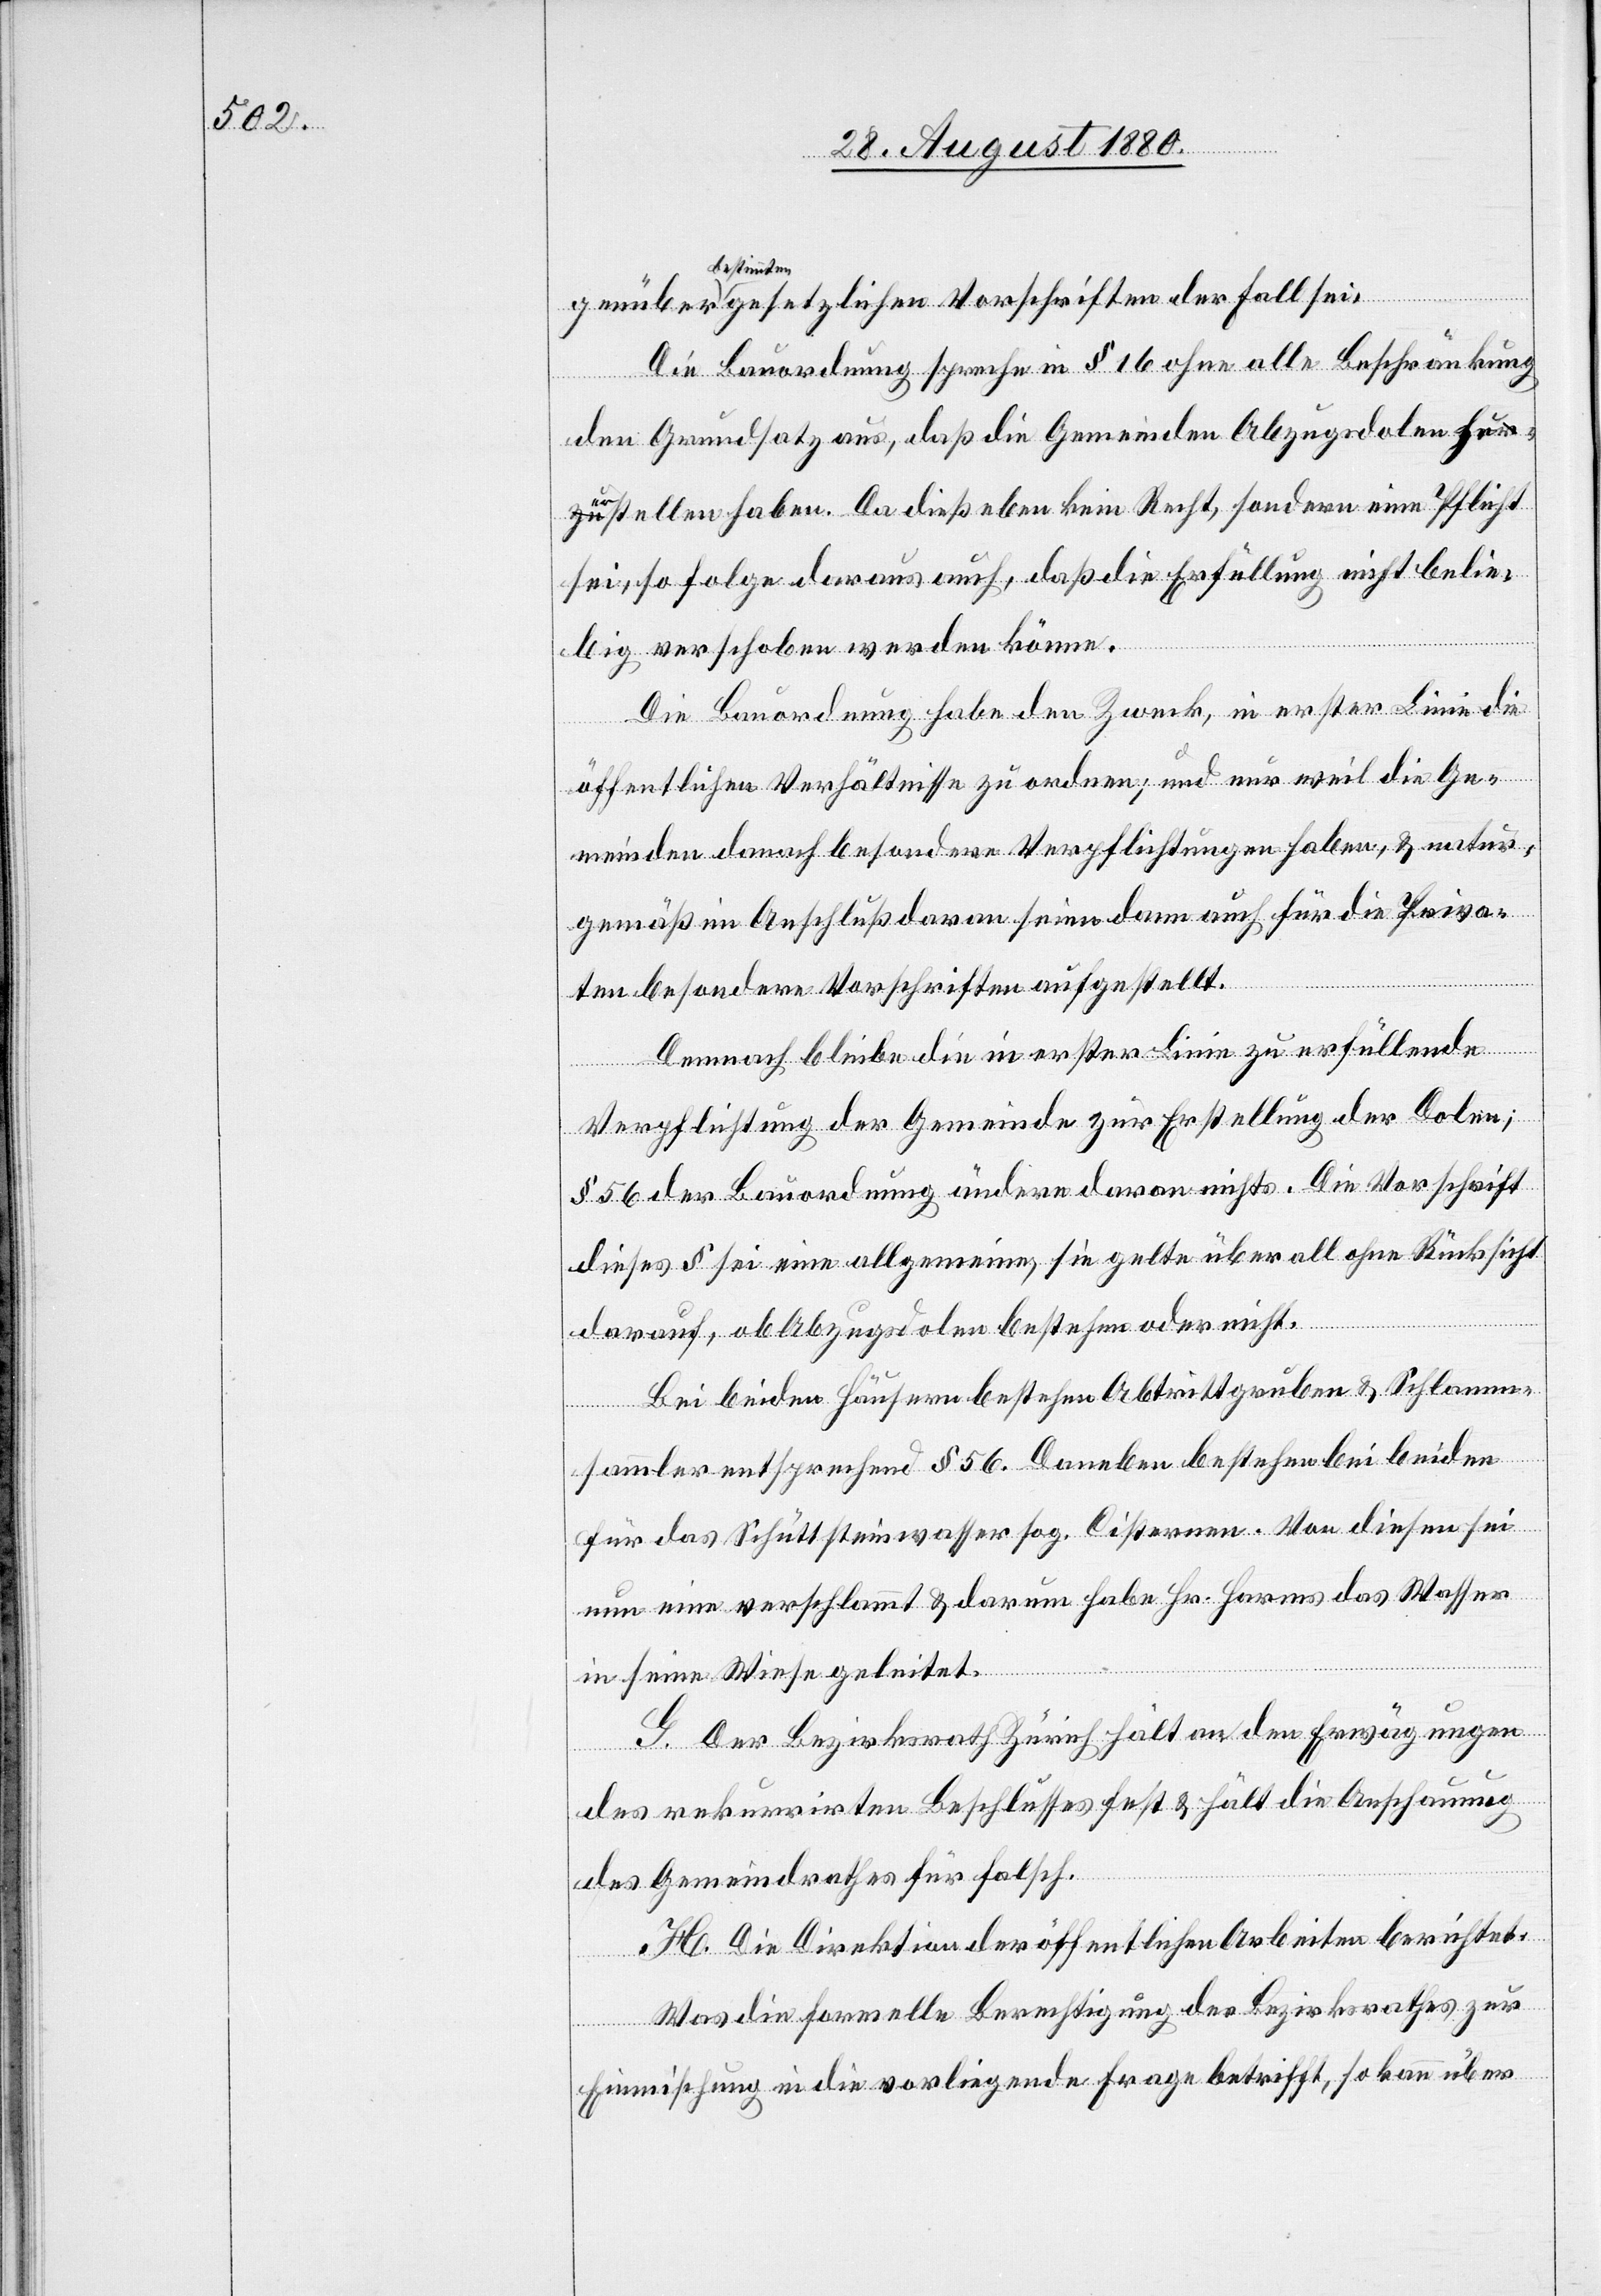
bestimmten
Die Bauordnung spreche in § 16 ohne alle Beschränkung
den Grundsatz aus, daß die Gemeinden Abzugsdolen zu
erstellen haben. Da dieß eben kein Recht, sondern eine Pflicht
sei, so folge daraus auch, daß die Erfüllung nicht belie¬
big verschoben werden könne.
Die Bauordnung habe den Zweck, in erster Linie die
der Fall
öffentlichen Verhältnisse zu ordnen; und nur weil die Ge¬
meinden danach besondere Verpflichtungen haben, & natur¬
gemäß im Anschluß daran seien dann auch für die Priva¬
ten besondere Vorschriften aufgestellt.
Demnach bleibe die in erster Linie zu erfüllende
Verpflichtung der Gemeinde zur Erstellung der Dolen;
§ 56 der Bauordnung ändere daran nichts. Die Vorschrift
dieses § sei eine allgemeine, sie gelte überall ohne Rücksicht
darauf, ob Abzugsdolen bestehen oder nicht.
Bei beiden Häusern bestehen Abtrittgruben & Schlamm¬
sei.
sammler entsprechend § 56. Daneben bestehen bei beiden
für das Schuttsteinwasser sog. Cisternen. Von diesen sei
nun eine verschlammt & darum habe Hr. Harms das Wasser
in seine Wiese geleitet.
G. Der Bezirksrath Zürich hält an den Erwägungen
des rekurrirten Beschlusses fest & hält die Anschauung
des Gemeindrathes für falsch.
H. Die Direktion der öffentlichen Arbeiten berichtet:
Was die formelle Berechtigung des Bezirksrathes zur
Einmischung in die vorliegende Frage betrifft, so kann über